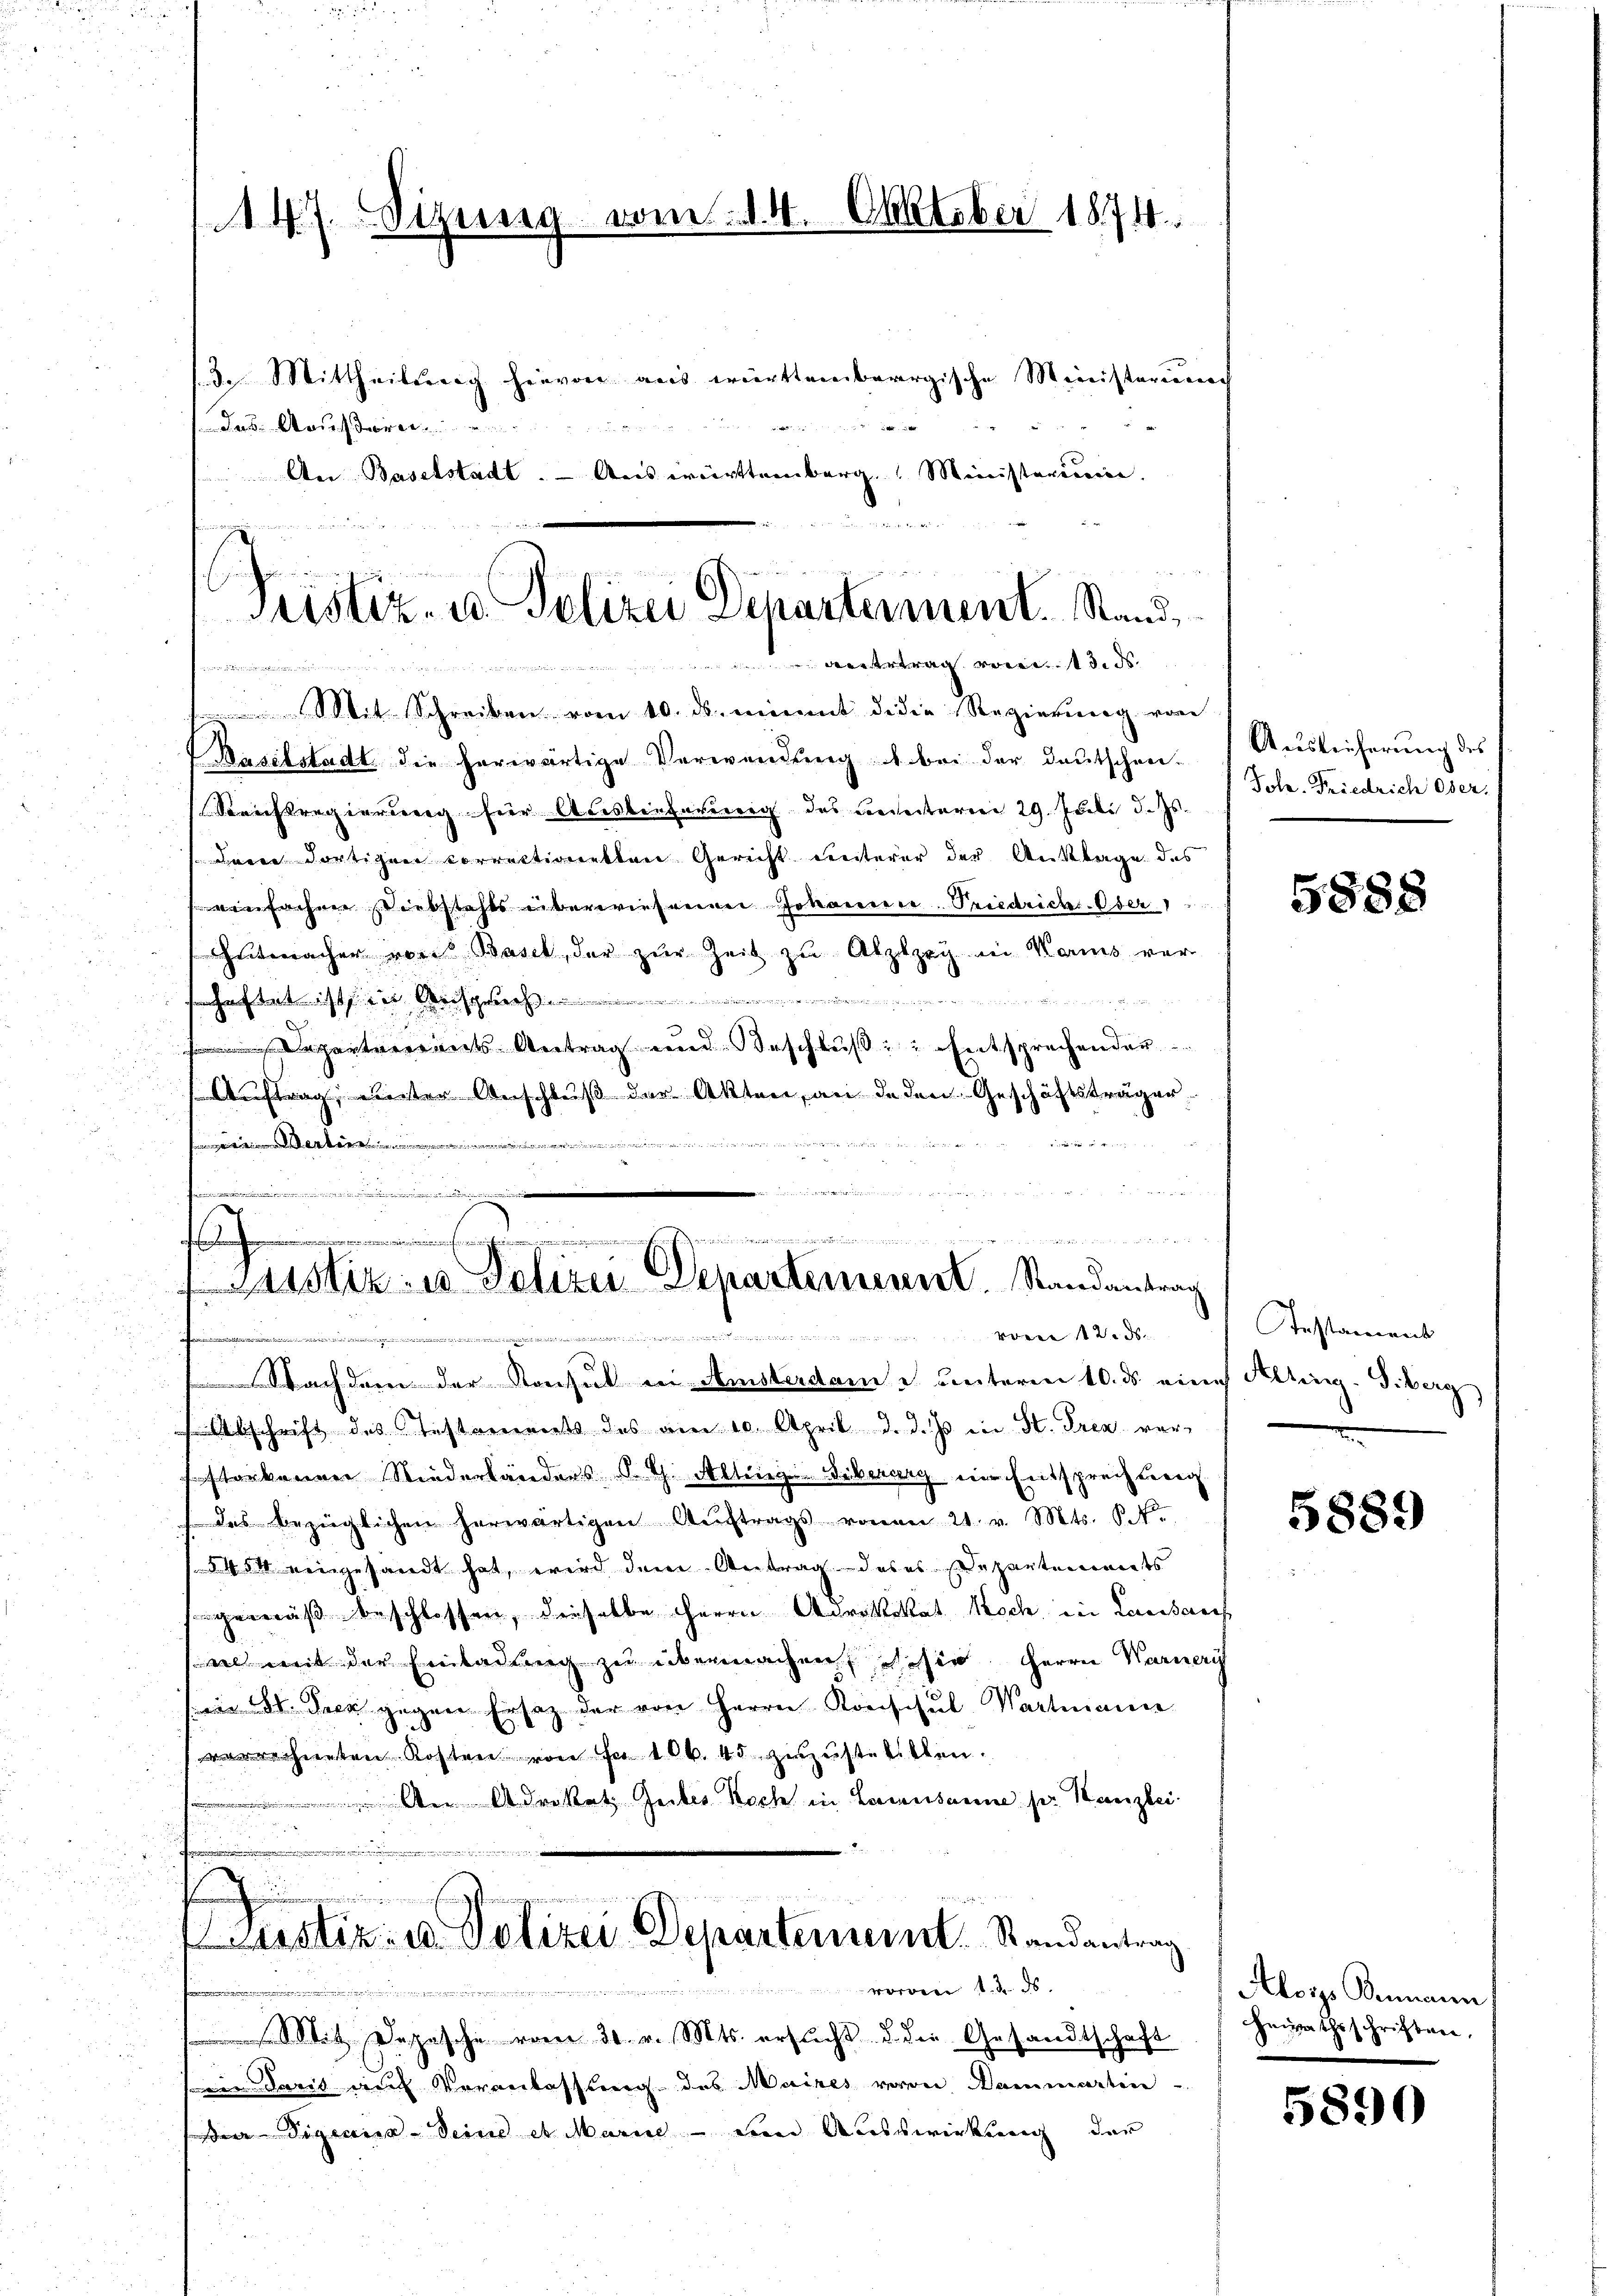
147. Sitzung vom 14. Oktober 1874.
3. Mittheils hievon aus württembergische Ministerium
23
 E a

Das Aeußern
An Baselstadt. - Auswürttemberg. Ministerium.

Pristiz- u. Polizei Departement. Stand,
nertrag von 13. ds.
iegen de
tit. Schreiben vom 10. ds. nimmt de die Regierung von

Baselstadt die herwärtige Verwendung bei der Deutschen-
Soresregierung für Auslieferung des Beseiteren 29. Juli d. Js.
aren dortigen correktionetten Gericht unterer der Anklage des
einfachen Diebstahls überwiesenen Johannere Priedrichs-Oder 1
hntmacher von Basel, der zur Zeit zu Atzley in Karis ver-
t
de
Departarerents Antrag und Beschluß, Entsprechender
Auftrag, unter Anschluß der Akten, an deden Geschäftsträger

de
Nachdem der Konsul in Amsterdame unterm 10. ds eines Alting. S. Berg
 Abschrift des Instruments des am 10. April d. d. Js. in St. Pren verstarkennen Niederländers S. G. Alling-Siberarg ein Entsprechung
 das bezüglichen herwärtigen Aŭftrags vonen 21. v. Mts. P. Nr.
(§ 454 eingesandt hat, wird dem Antrag des es Departements
gemäß beschlossen, dieselbe Herrn Adrittokat Koch, in Lausan
al mit der Einladung zu übermachen sie Herrn Warneri
8
(ein . Deck gegen Ersatz der von Herrn Konschul Wartmann
verrechneten Kosten von Fr. 106. 45 zuzustellten.
 den Adreket, Gerbes Koch in Lausanne s. Kanzlei

ustiz- u. Polizei Departemeint. Randantrag
worden 1. 2. ds.
e
Sit Depesche vom 31. v. Mts. ersucht u. die Gesandtschaft
in daris auf Veranlassung des Maires von Dammartin
 Sigris - Seine et Marie - den Ausswirkung der

n
wissen einen

.
erungsrathes versimmengemeinderun
stiz- u. Polizei Departement. Randantrag
von 12. ds.
eseit der Schulden, und 3 der v. M. di ris

Auslieferung des
Fole. Friedrich Oser.

.

5888

Insstament

5889

Alois Bemann
heim Eheschriften,

5890